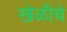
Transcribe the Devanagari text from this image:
खेळीचे